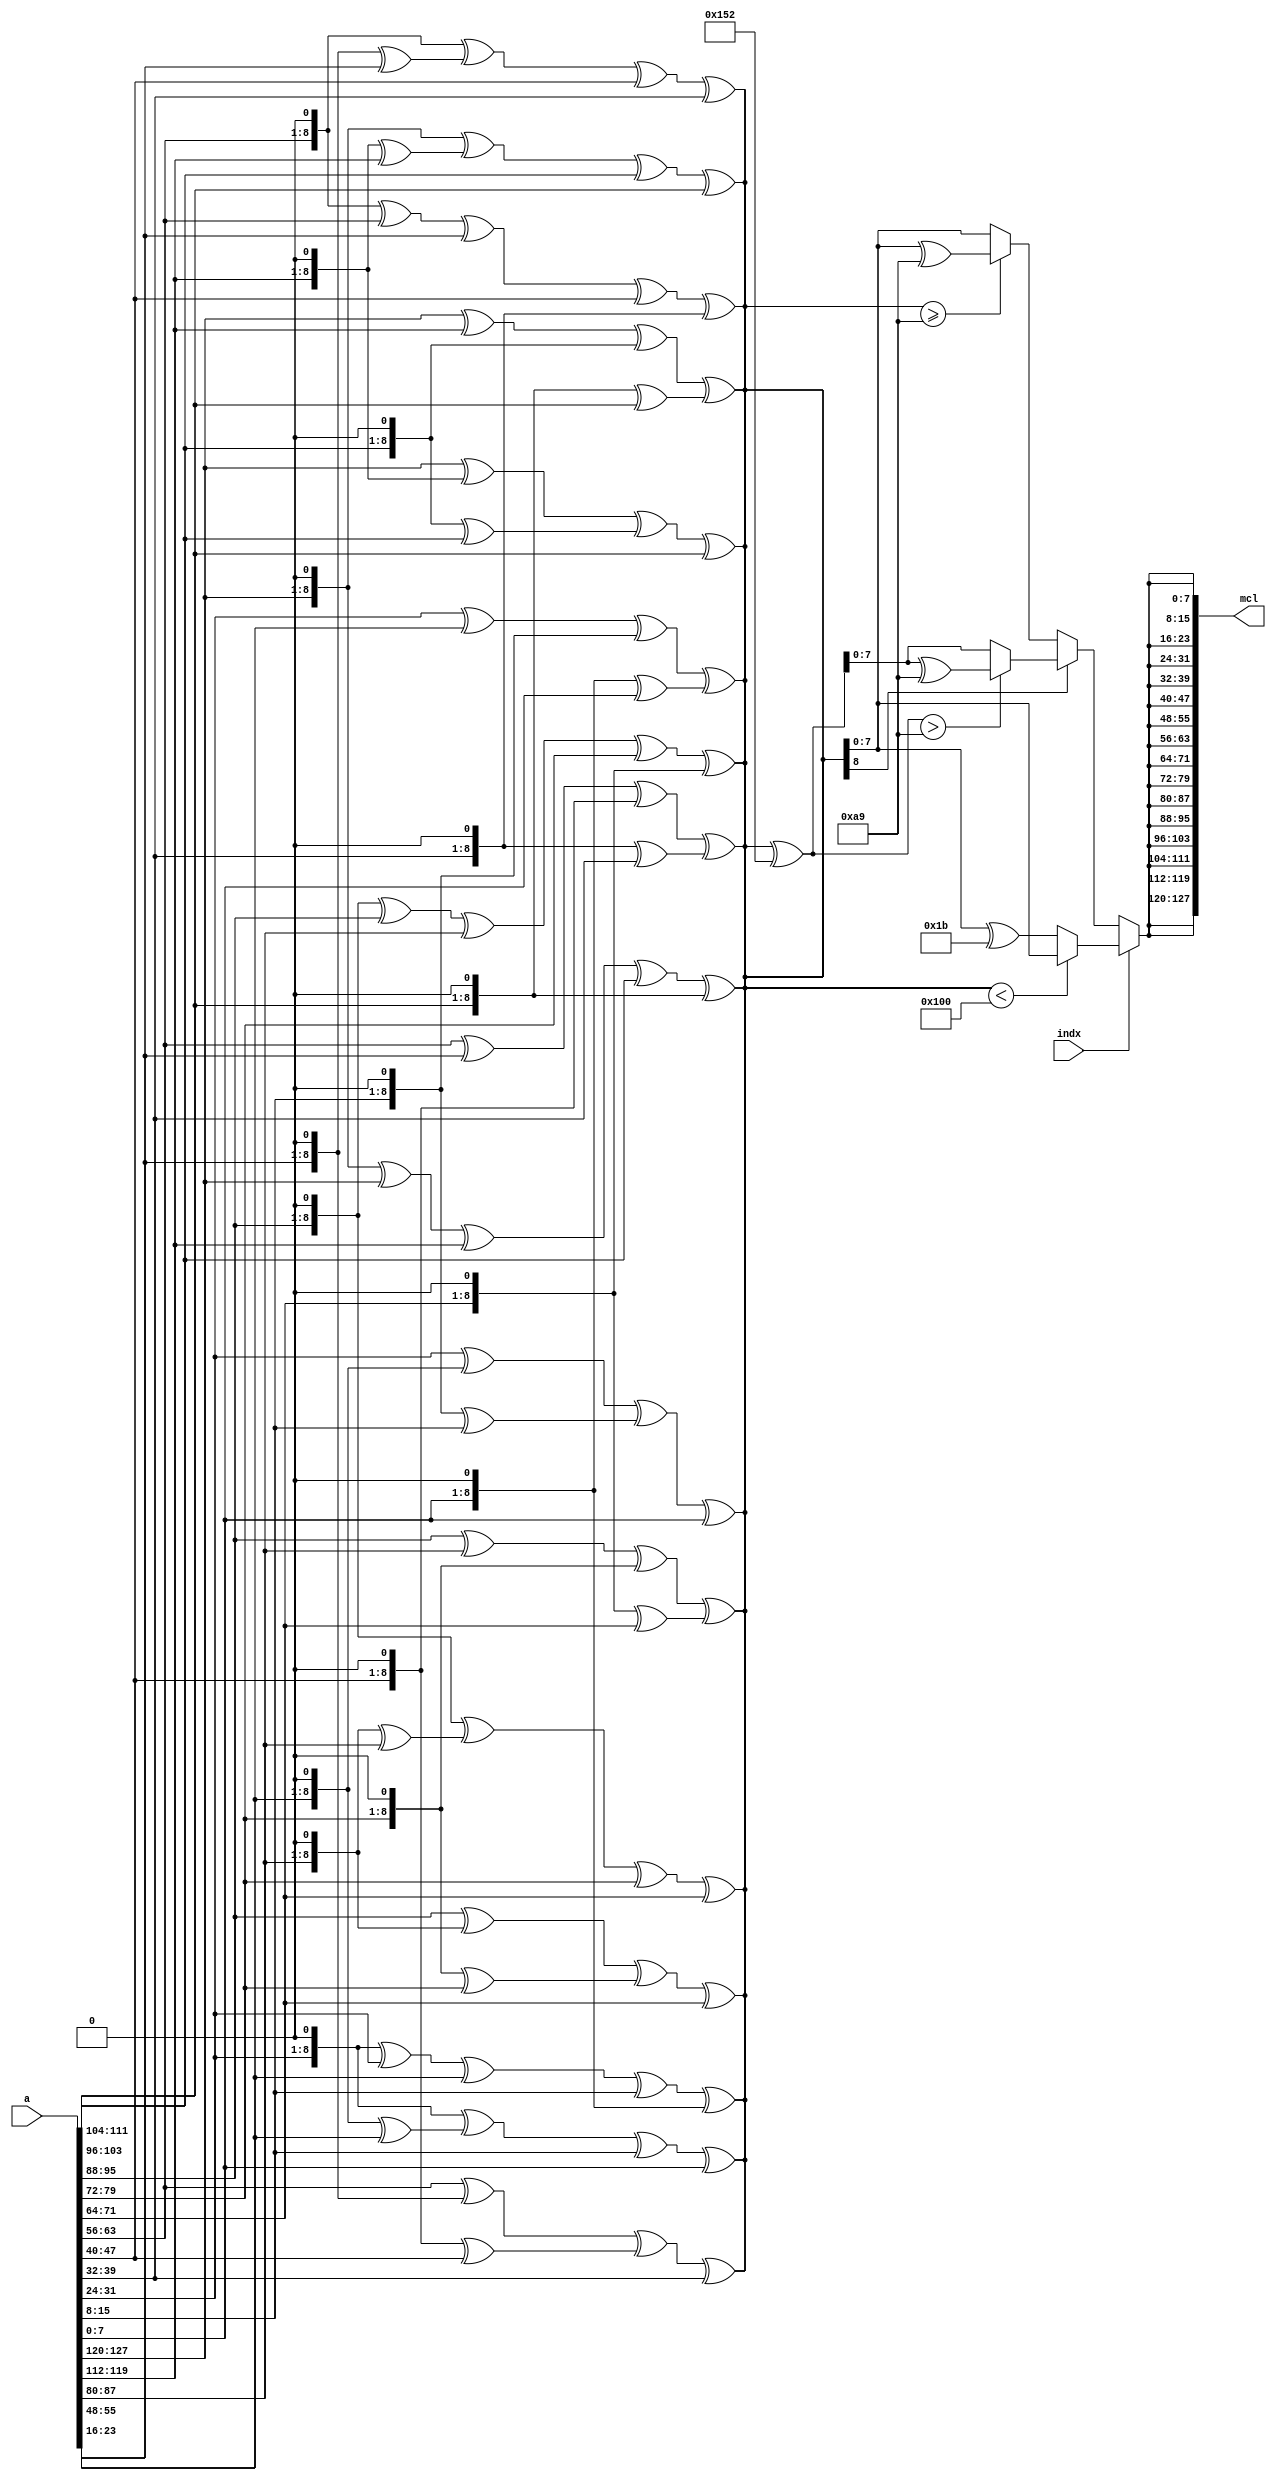
module mixcolumn(indx, a,mcl);
input indx;
input [127:0] a;
output [127:0] mcl;
reg [7:0]mult2[255:0];
reg [7:0]mult3[255:0];
reg [7:0]mult5[255:0];
reg [7:0]mult7[255:0];
reg [8:0] tem_mc, temp_var;


assign mcl[127:120]= mixcolumn2311 (a[127:120],a[119:112],a[111:104],a[103:96]);
assign mcl[95:88]= mixcolumn2311 (a[95:88],a[87:80],a[79:72],a[71:64]);
assign mcl[63:56]= mixcolumn2311 (a[63:56],a[55:48],a[47:40],a[39:32]);
assign mcl[31:24]= mixcolumn2311 (a[31:24],a[23:16],a[15:8],a[7:0]);

assign mcl[119:112]= mixcolumn1231 (a[127:120],a[119:112],a[111:104],a[103:96]);
assign mcl[87:80]= mixcolumn1231 (a[95:88],a[87:80],a[79:72],a[71:64]);
assign mcl[55:48]= mixcolumn1231 (a[63:56],a[55:48],a[47:40],a[39:32]);
assign mcl[23:16]= mixcolumn1231 (a[31:24],a[23:16],a[15:8],a[7:0]);

assign mcl[111:104]= mixcolumn1123 (a[127:120],a[119:112],a[111:104],a[103:96]);
assign mcl[79:72]= mixcolumn1123 (a[95:88],a[87:80],a[79:72],a[71:64]);
assign mcl[47:40]= mixcolumn1123 (a[63:56],a[55:48],a[47:40],a[39:32]);
assign mcl[15:8]= mixcolumn1123 (a[31:24],a[23:16],a[15:8],a[7:0]);

assign mcl[103:96]= mixcolumn3112 (a[127:120],a[119:112],a[111:104],a[103:96]);
assign mcl[71:64]= mixcolumn3112 (a[95:88],a[87:80],a[79:72],a[71:64]);
assign mcl[39:32]= mixcolumn3112 (a[63:56],a[55:48],a[47:40],a[39:32]);
assign mcl[7:0]= mixcolumn3112 (a[31:24],a[23:16],a[15:8],a[7:0]);
/////////////////////////////////////////////////////////////////////

//////////////////////////////////////////////////////////////////////////////////////////////////

function [7:0] mixcolumn2311;
input [7:0] i1,i2,i3,i4;
begin
temp_var=mult(2,i1)^mult(3,i2)^i3^i4;
mixcolumn2311= final_mc(temp_var);
end
endfunction


/////////////////////////////////////////////////////////////////////////////////////////////////////
function [7:0] mixcolumn1231;
input [7:0] i1,i2,i3,i4;
begin
	temp_var=(i1^mult(2,i2)^mult(3,i3)^i4);
	mixcolumn1231= final_mc(temp_var);
end
endfunction
///////////////////////////////////////////////////////////////////////////////////////



function [7:0] mixcolumn1123;
input [7:0] i1,i2,i3,i4;
begin
temp_var=(i1^i2^mult(2,i3)^mult(3,i4));
mixcolumn1123 = final_mc(temp_var);
end
endfunction
////////////////////////////////////////


function [7:0] mixcolumn3112;
input [7:0] i1,i2,i3,i4;
begin
temp_var=mult(3,i1)^(i2)^i3^mult(2,i4);
mixcolumn3112= final_mc(temp_var);
end
endfunction
//////////////////////////////////////////////////////


function [8:0] mult;
input [1:0] num;
input  [7:0] val;
begin
	if(num == 2) begin
		mult = val << 1; end
	else begin
		mult = (val << 1) ^ val;
	end

end
endfunction
/////////////////////////////

function [7:0] final_mc;
	input [8:0] temp;
begin
		if(indx) begin
			if (temp < 256) begin
					final_mc =temp;  end
				else begin
					final_mc = temp ^ 9'h11b;  end
		end
		else begin
			if (temp[8]) begin
				if((temp ^ (9'hA9 << 1))> 8'hA9) begin 					final_mc = temp ^ (9'hA9 << 1) ^ 8'hA9; end 
				else begin      										final_mc = temp ^ (8'hA9<<1); end 
				end
			else begin
					if(temp >= 8'hA9) begin		final_mc = temp ^ (8'hA9); end
					else begin					final_mc = temp; end
				end
			end

			//$display("Here it is:  %h : %h", temp, final_mc);
	end 
endfunction
/////////////////////////////////
endmodule